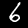
Digit: 6